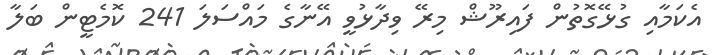
އެކަމާއި ގުޅޭގޮތުން ފައިރޫޝް މިރޭ ވިދާޅުވީ އޭނާގެ މައްސަލަ 241 ކޮމެޓީން ބަލާ